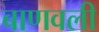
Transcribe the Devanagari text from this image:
बाणवली